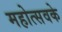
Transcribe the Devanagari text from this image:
महोत्सवके